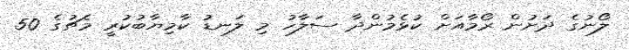
ލޯނުގެ ދަށުން ރޯމާއަށް ކުޅެމުންދާ ސަލާހު މި ލަނޑު ކާމިޔާބުކުރީ މެޗުގެ 50